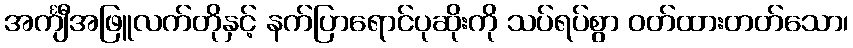
အင်္ကျီအဖြူလက်တိုနှင့် နက်ပြာရောင်ပုဆိုးကို သပ်ရပ်စွာ ဝတ်ထားတတ်သော၊